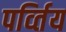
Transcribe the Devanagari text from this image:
पर्व्तिय